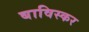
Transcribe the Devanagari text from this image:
बाविस्कर